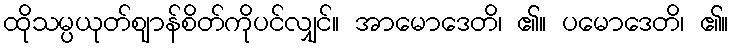
ထိုသမ္ပယုတ်ဈာန်စိတ်ကိုပင်လျှင်။ အာမောဒေတိ၊ ၏။ ပမောဒေတိ၊ ၏။